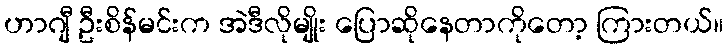
ဟာဂျီ ဦးစိန်မင်းက အဲဒီလိုမျိုး ပြောဆိုနေတာကိုတော့ ကြားတယ်။